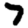
Digit: 7